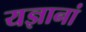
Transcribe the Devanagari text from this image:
यज्ञानां